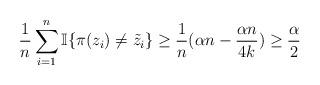
LaTeX: \begin{align*}\frac{1}{n} \sum_{i=1}^{n} \mathbb{I}\{ \pi(z_i) \neq \tilde{z}_i \} \ge \frac{1}{n} (\alpha n - \frac{\alpha n }{4k}) \ge \frac{\alpha}{2}\end{align*}